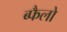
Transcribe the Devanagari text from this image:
ब्फैलो